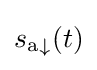
{s_{\mathrm {a} }}_{\downarrow }(t)